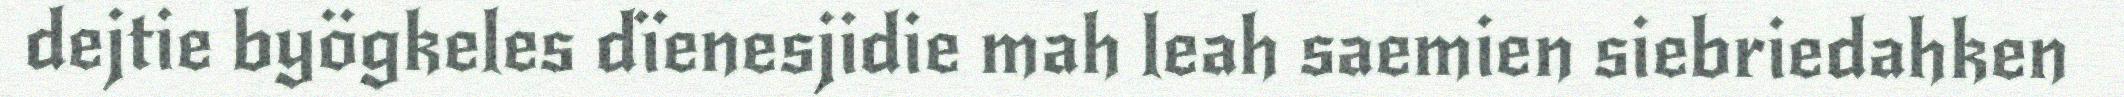
dejtie byögkeles dïenesjidie mah leah saemien siebriedahken